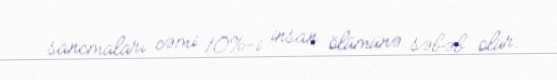
sancmaları cəmi 10%-i insan ölümünə səbəb olur.